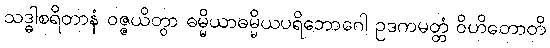
သဒ္ဓါစရိတာနံ ဝဇ္ဇယိတွာ ဓမ္မိယာဓမ္မိယပရိဘောဂေါ ဥဒကမတ္တံ ဝိဟိတောတိ